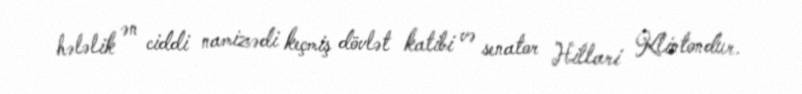
hələlik ən ciddi namizədi keçmiş dövlət katibi və senator Hillari Klintondur.